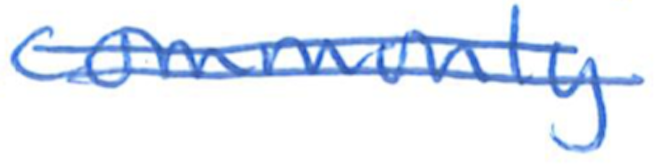
Text: commonly
Cross-out: mix
Writing tool: ballpoint